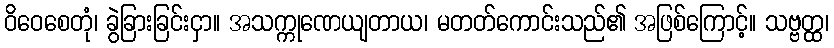
ဝိဝေစေတုံ၊ ခွဲခြားခြင်းငှာ။ အသက္ကုဏေယျတာယ၊ မတတ်ကောင်းသည်၏ အဖြစ်ကြောင့်။ သဗ္ဗတ္ထ၊